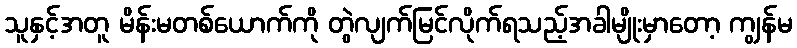
သူနှင့်အတူ မိန်းမတစ်ယောက်ကို တွဲလျက်မြင်လိုက်ရသည့်အခါမျိုးမှာတော့ ကျွန်မ